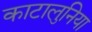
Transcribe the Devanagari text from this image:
काटालुनिया